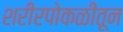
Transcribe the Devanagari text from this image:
शरीरपोकळीतून